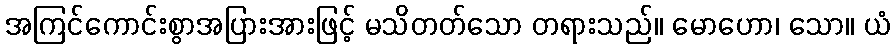
အကြင်ကောင်းစွာအပြားအားဖြင့် မသိတတ်သော တရားသည်။ မောဟော၊ သော။ ယံ